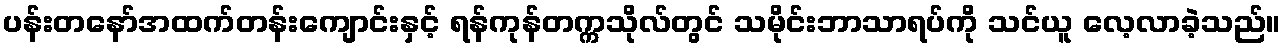
ပန်းတနော်အထက်တန်းကျောင်းနှင့် ရန်ကုန်တက္ကသိုလ်တွင် သမိုင်းဘာသာရပ်ကို သင်ယူ လေ့လာခဲ့သည်။